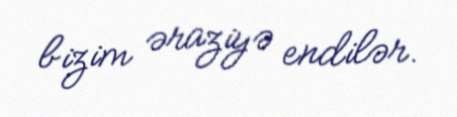
bizim əraziyə endilər.